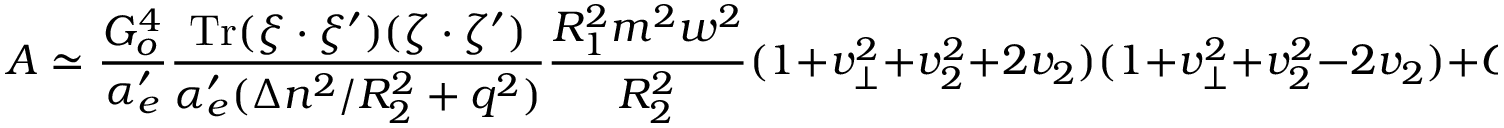
{ \cal A } \simeq \frac { G _ { o } ^ { 4 } } { \alpha _ { e } ^ { \prime } } \frac { \mathrm { T r } ( \xi \cdot \xi ^ { \prime } ) ( \zeta \cdot \zeta ^ { \prime } ) } { \alpha _ { e } ^ { \prime } ( \Delta n ^ { 2 } / R _ { 2 } ^ { 2 } + q ^ { 2 } ) } \frac { R _ { 1 } ^ { 2 } m ^ { 2 } w ^ { 2 } } { R _ { 2 } ^ { 2 } } ( 1 + v _ { \perp } ^ { 2 } + v _ { 2 } ^ { 2 } + 2 v _ { 2 } ) ( 1 + v _ { \perp } ^ { 2 } + v _ { 2 } ^ { 2 } - 2 v _ { 2 } ) + { \cal O } ( p ^ { \prime } + p ) ~ .